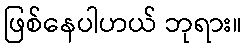
ဖြစ်နေပါဟယ် ဘုရား။